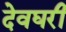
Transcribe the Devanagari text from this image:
देवघरी